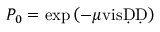
P _ { 0 } = \exp \left( - \ensuremath Ḋ \mu _ { Ḋ } \mathrm { v i s Ḍ Ḍ } \right)